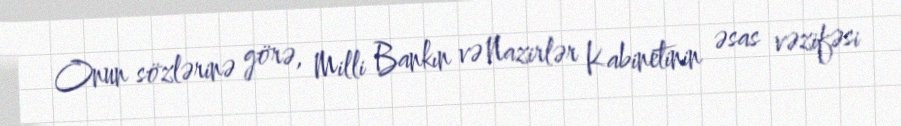
Onun sözlərinə görə, Milli Bankın və Nazirlər Kabinetinin əsas vəzifəsi